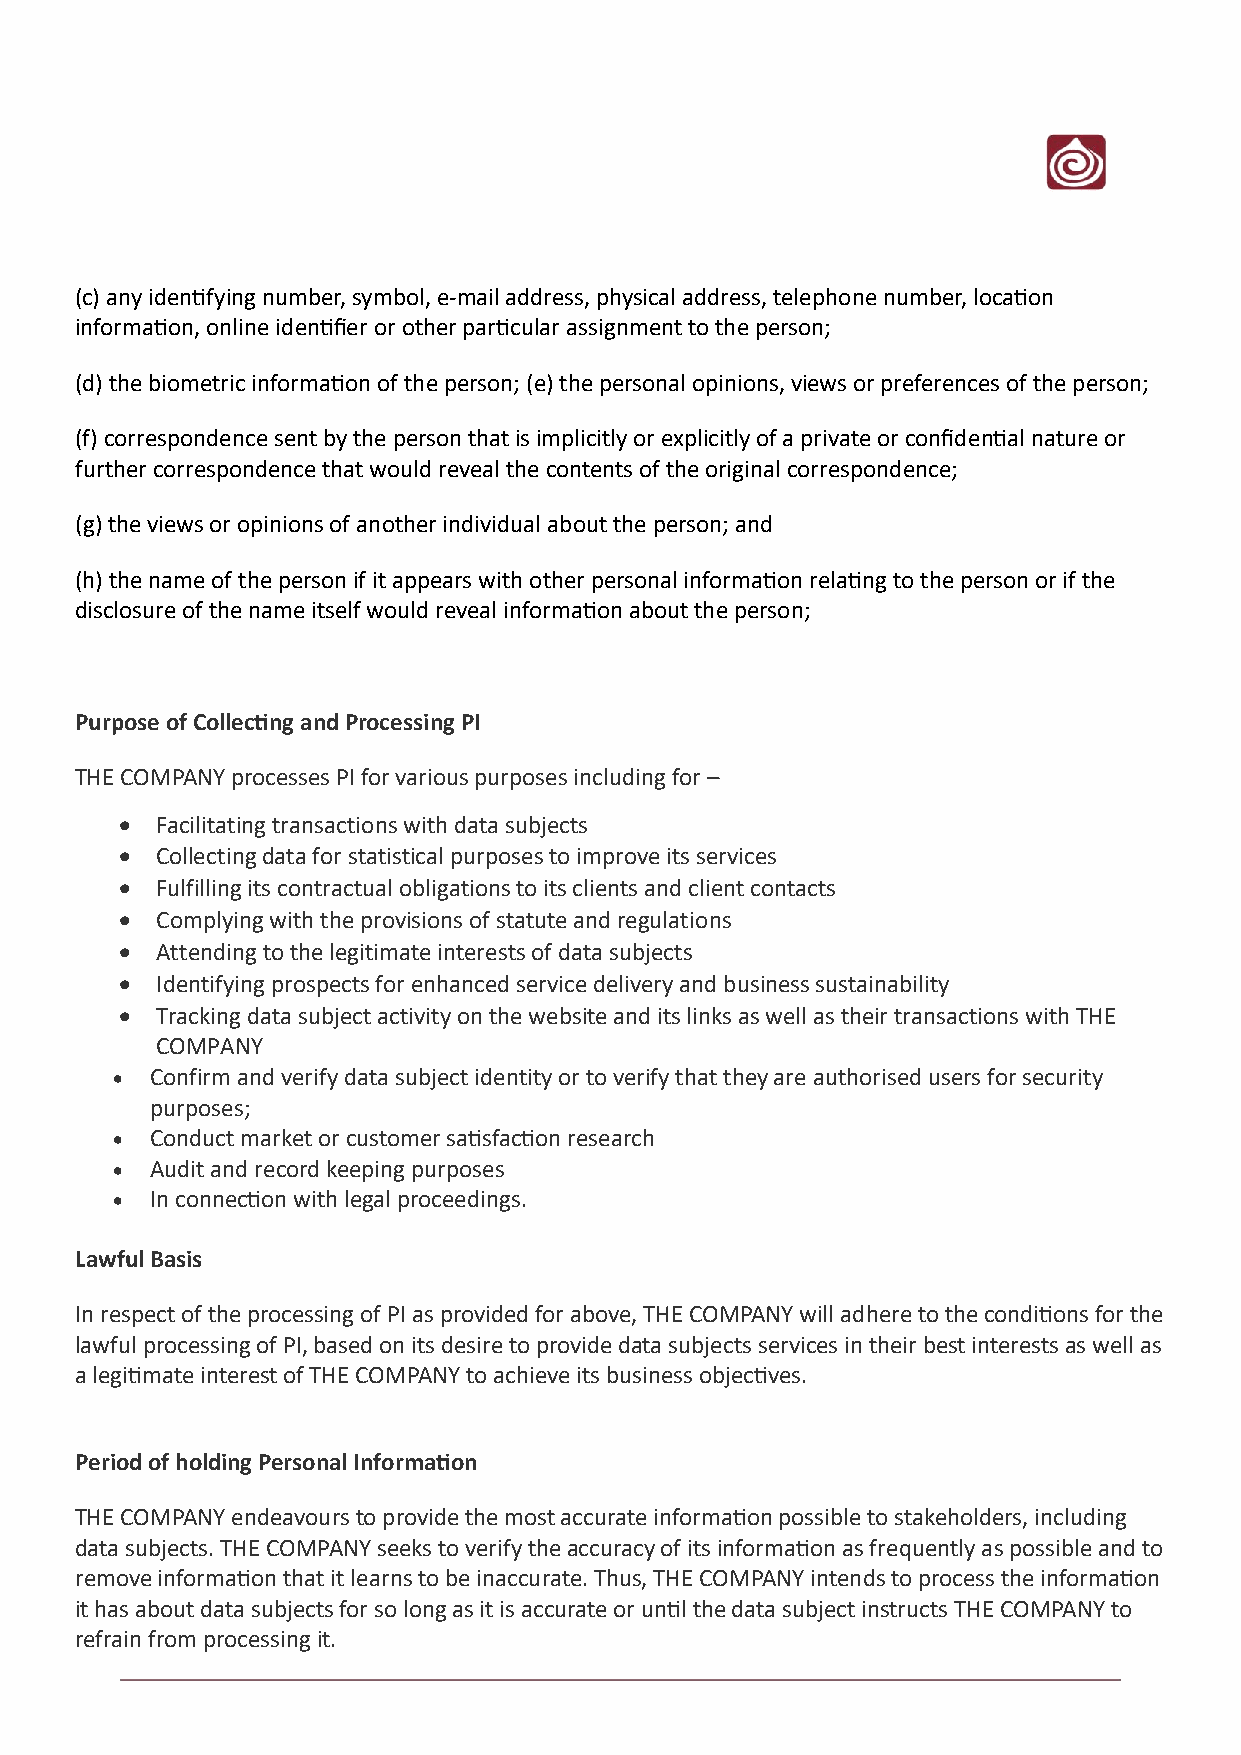
(c) any identifying number, symbol, e-mail address, physical address, telephone number, location
 information, online identifier or other particular assignment to the person;
 (d) the biometric information of the person; (e) the personal opinions, views or preferences of the person;
 (f) correspondence sent by the person that is implicitly or explicitly of a private or confidential nature or
 further correspondence that would reveal the contents of the original correspondence;
 (g) the views or opinions of another individual about the person; and
 (h) the name of the person if it appears with other personal information relating to the person or if the
 disclosure of the name itself would reveal information about the person;
 Purpose of Collecting and Processing PI
 THE COMPANY processes PI for various purposes including for –
 • Facilitating transactions with data subjects
 • Collecting data for statistical purposes to improve its services
 • Fulfilling its contractual obligations to its clients and client contacts
 • Complying with the provisions of statute and regulations
 • Attending to the legitimate interests of data subjects
 • Identifying prospects for enhanced service delivery and business sustainability
 • Tracking data subject activity on the website and its links as well as their transactions with THE
 COMPANY
 •  Confirm and verify data subject identity or to verify that they are authorised users for security
 purposes;
 •  Conduct market or customer satisfaction research
 •  Audit and record keeping purposes
 •  In connection with legal proceedings.
 Lawful Basis
 In respect of the processing of PI as provided for above, THE COMPANY will adhere to the conditions for the
 lawful processing of PI, based on its desire to provide data subjects services in their best interests as well as
 a legitimate interest of THE COMPANY to achieve its business objectives.
 Period of holding Personal Information
 THE COMPANY endeavours to provide the most accurate information possible to stakeholders, including
 data subjects. THE COMPANY seeks to verify the accuracy of its information as frequently as possible and to
 remove information that it learns to be inaccurate. Thus, THE COMPANY intends to process the information
 it has about data subjects for so long as it is accurate or until the data subject instructs THE COMPANY to
 refrain from processing it.